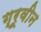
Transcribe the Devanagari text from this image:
ग्रूवीन